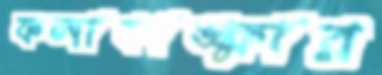
ফলাকাঙ্ক্ষার